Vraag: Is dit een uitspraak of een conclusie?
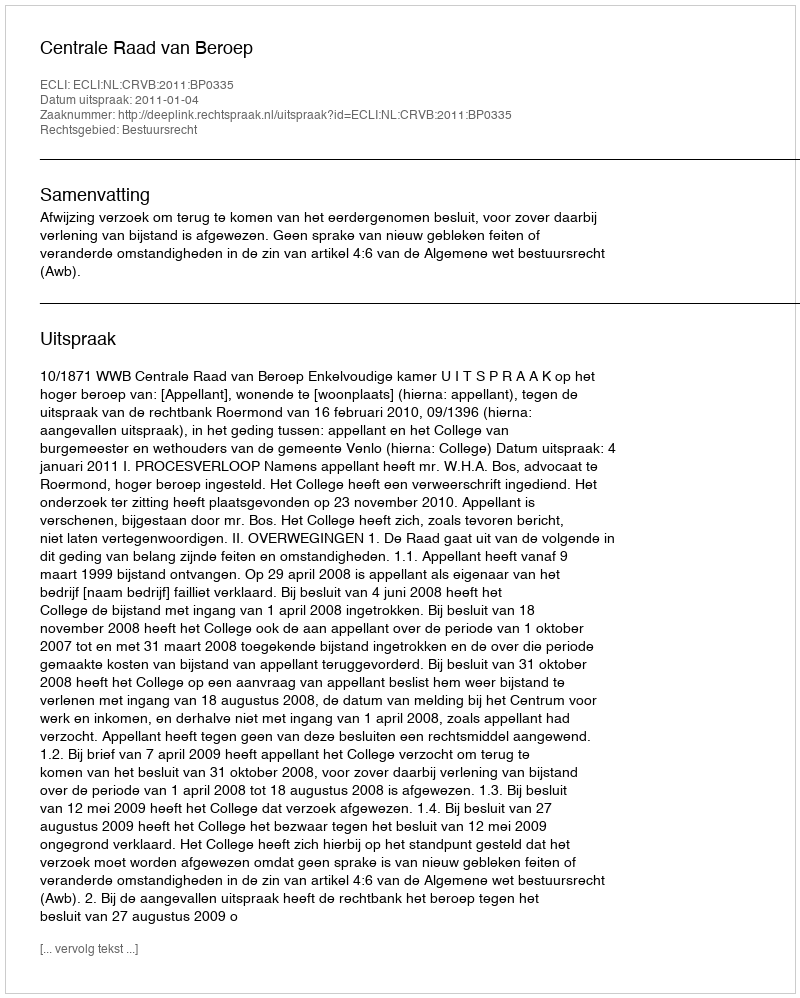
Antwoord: Uitspraak